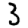
Digit: 3